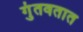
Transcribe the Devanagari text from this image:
गुंतवतात